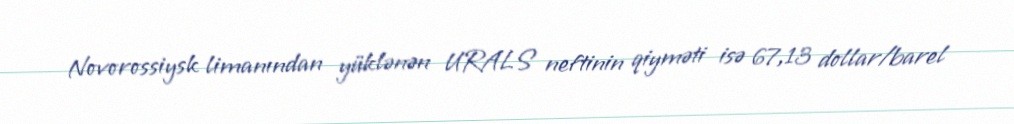
Novorossiysk limanından yüklənən URALS neftinin qiyməti isə 67,13 dollar/barel